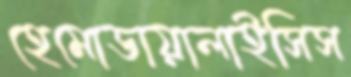
হেমোডায়ালাইসিস